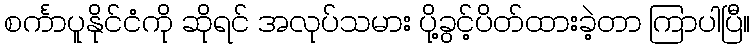
စင်္ကာပူနိုင်ငံကို ဆိုရင် အလုပ်သမား ပို့ခွင့်ပိတ်ထားခဲ့တာ ကြာပါပြီ။